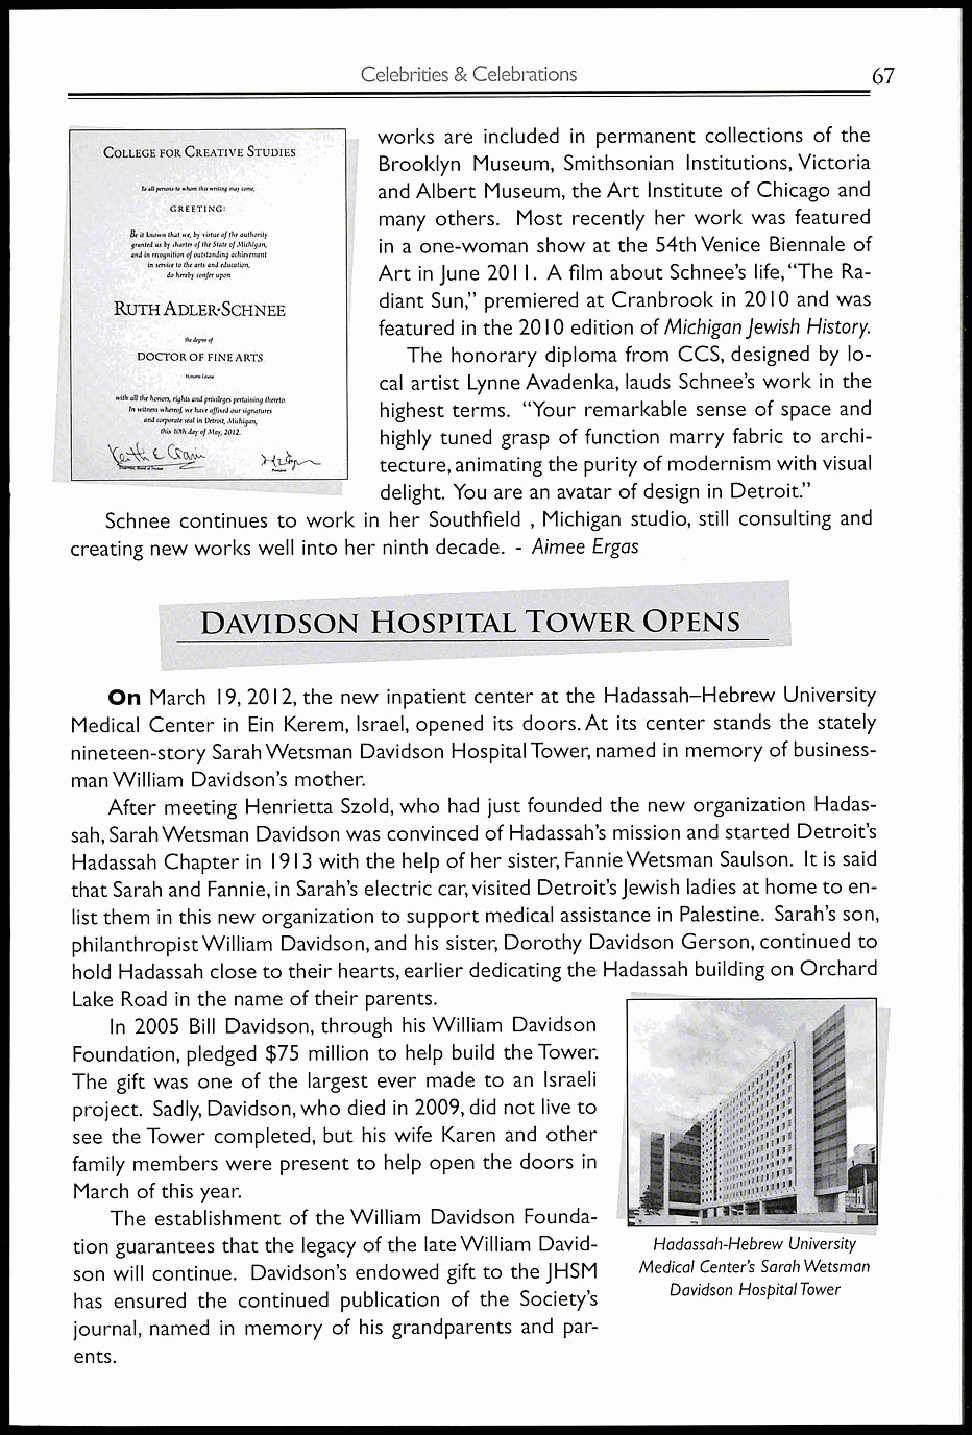
Celebrities & Celebrations        67
 works are included in permanent collections of the
 COLLEGE FOR CREATIVE STUDIES
 Brooklyn Museum, Smithsonian Institutions, Victoria
 To al prnow to wheat this wrathy mar cow, and Albert Museum, the Art Institute of Chicago and
 GREETING:     many others. Most recently her work was featured
 & gr ait n / tem do am b. y t ch ha at re terr r, ob fy t v hi ert u Se ta o tef T ofh .e 1 1a Iu thth igo ar nit ,y in a one-woman show at the 54th Venice Biennale of
 and in recognition of outstanding achievement
 in service to the arts and education, Art in June 2011. A film about Schnee's life, "The Ra-
 do hereby confer upon
 diant Sun," premiered at Cranbrook in 2010 and was
 RUTH ADLER•SCHNEE
 featured in the 2010 edition of Michigan Jewish History.
 .4+7*,4
 DOCTOR OF FINE ARTS The honorary diploma from CCS, designed by lo-
 las Ca.      cal artist Lynne Avadenka, lauds Schnee's work in the
 with Ia nll Mthe in h oo sn o wr hs, e re ei ogh f t ns ea n hd a vp eri v ail re mg ee dd op ue rr t sa ii gn nin ag t oth rye reto. highest terms. "Your remarkable sense of space and
 and corporate sea in Detroit, Michigan,
 this 10th day of May, 2012. highly tuned grasp of function marry fabric to archi-
 tecture, animating the purity of modernism with visual
 delight. You are an avatar of design in Detroit."
 Schnee continues to work in her Southfield , Michigan studio, still consulting and
 creating new works well into her ninth decade. - Aimee Ergas
 DAVIDSON   HOSPITAL   TOWER  OPENS
 On March 19, 2012, the new inpatient center at the Hadassah—Hebrew University
 Medical Center in Ein Kerem, Israel, opened its doors. At its center stands the stately
 nineteen-story Sarah Wetsman Davidson Hospital Tower, named in memory of business-
 man William Davidson's mother.
 After meeting Henrietta Szold, who had just founded the new organization Hadas-
 sah, Sarah Wetsman Davidson was convinced of Hadassah's mission and started Detroit's
 Hadassah Chapter in 1913 with the help of her sister, Fannie Wetsman Saulson. It is said
 that Sarah and Fannie, in Sarah's electric car, visited Detroit's Jewish ladies at home to en-
 list them in this new organization to support medical assistance in Palestine. Sarah's son,
 philanthropist William Davidson, and his sister, Dorothy Davidson Gerson, continued to
 hold Hadassah close to their hearts, earlier dedicating the Hadassah building on Orchard
 Lake Road in the name of their parents.
 In 2005 Bill Davidson, through his William Davidson
 Foundation, pledged $75 million to help build the Tower.
 The gift was one of the largest ever made to an Israeli
 project. Sadly, Davidson, who died in 2009, did not live to
 see the Tower completed, but his wife Karen and other
 family members were present to help open the doors in
 March of this year.
 The establishment of the William Davidson Founda-
 tion guarantees that the legacy of the late William David- Hadassah-Hebrew University
 son will continue. Davidson's endowed gift to the JHSM Medical Center's Sarah Wetsman
 Davidson Hospital Tower
 has ensured the continued publication of the Society's
 journal, named in memory of his grandparents and par-
 ents.